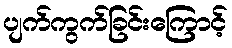
ပျက်ကွက်ခြင်းကြောင့်